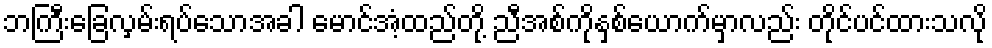
ဘကြီးခြေလှမ်းရပ်သောအခါ မောင်အံ့ထည်တို့ ညီအစ်ကိုနှစ်ယောက်မှာလည်း တိုင်ပင်ထားသလို